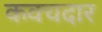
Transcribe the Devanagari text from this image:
कवचदार